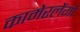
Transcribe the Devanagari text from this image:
कामेरलेंगो